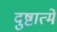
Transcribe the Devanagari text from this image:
दुष्टात्मे